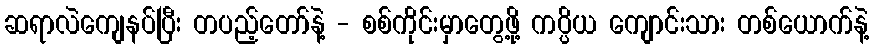
ဆရာလဲကျေနပ်ပြီး တပည့်တော်နဲ့ - စစ်ကိုင်းမှာတွေ့ဖို့ ကပ္ပိယ ကျောင်းသား တစ်ယောက်နဲ့